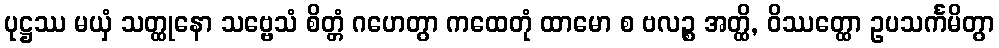
ပုဋ္ဌဿ မယှံ သတ္ထုနော သဗ္ဗေသံ စိတ္တံ ဂဟေတွာ ကထေတုံ ထာမော စ ဗလဉ္စ အတ္ထိ, ဝိဿတ္ထော ဥပသင်္ကမိတွာ